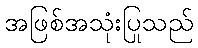
အဖြစ်အသုံးပြုသည်